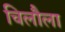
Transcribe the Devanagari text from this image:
चिलौला